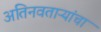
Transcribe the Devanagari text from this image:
अतिनवताऱ्यांचा